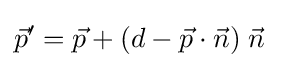
{\vec {p}}'={\vec {p}}+(d-{\vec {p}}\cdot {\vec {n}})\;{\vec {n}}\